Report on plague in the Punjab from October 1st ... to September 30th ..., being the ... season of plague in the province
Disease focus: Plague
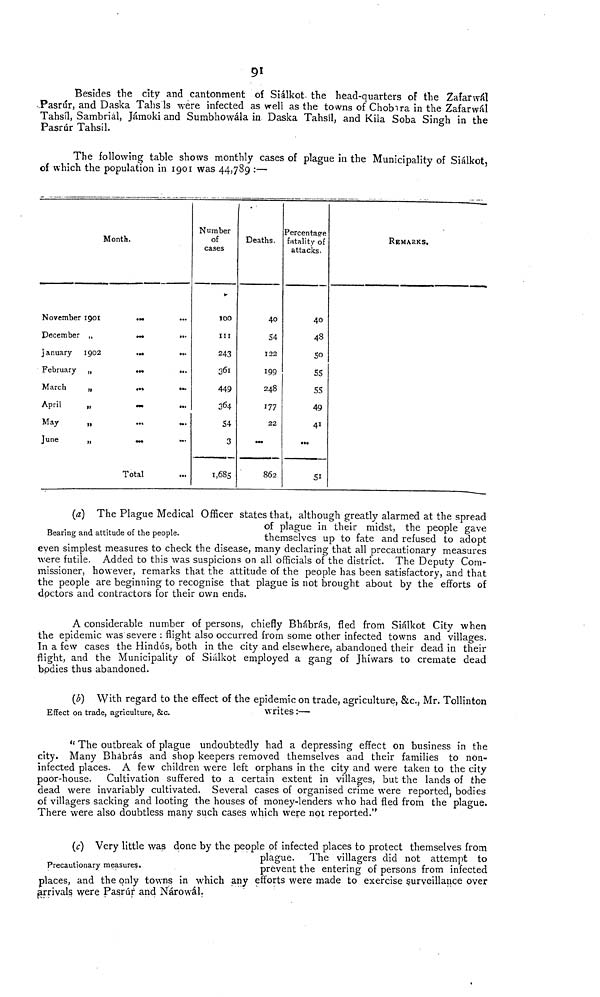
91
Besides the city and cantonment of Siálkot the head-quarters of the Zafarwál
Pasrúr, and Daska Tahs'ls were infected as well as the towns of Chobira in the Zafarwál
Tahsíl, Sambriál, Jámoki and Sumbhowála in Daska Tahsíl, and Kila Soba Singh in the
Pasrúr Tahsíl.
The following table shows monthly cases of plague in the Municipality of Siálkot,
of which the population in 1901 was 44,789 :—
Month.
November
December
January
February
March
April
May
June
1901
"
1902
"
"
"
"
...
...
• ft«
...
...
...
...
Total
...
...
...
...
...
...
...
Number
of
cases
100
111
243
361
449
364
54
3
1,685
Deaths.
40
54
122
199
248
177
22
...
862
Percentage
fatality of
attacks.
40
48
50
55
55
49
41
...
51
REMARKS.
Bearing and attitude of the people.
(a) The Plague Medical Officer states that, although greatly alarmed at the spread
of plague in their midst, the people gave
themselves up to fate and refused to adopt
even simplest measures to check the disease, many declaring that all precautionary measures
were futile. Added to this was suspicions on all officials of the district. The Deputy Com-
missioner, however, remarks that the attitude of the people has been satisfactory, and that
the people are beginning to recognise that plague is not brought about by the efforts of
doctors and contractors for their own ends.
A considerable number of persons, chiefly Bhábrás, fled from Siálkot City when
the epidemic was severe : flight also occurred from some other infected towns and villages.
In a few cases the Hindus, both in the city and elsewhere, abandoned their dead in their
flight, and the Municipality of Siálkot employed a gang of Jhiwars to cremate dead
bodies thus abandoned.
Effect on trade, agriculture, &c.
(b) With regard to the effect of the epidemic on trade, agriculture, &c, Mr. Tollinton
writes :—
" The outbreak of plague undoubtedly had a depressing effect on business in the
city. Many Bhabrás and shop keepers removed themselves and their families to non-
infected places. A few children were left orphans in the city and were taken to the city
poor-house. Cultivation suffered to a certain extent in villages, but the lands of the
dead were invariably cultivated. Several cases of organised crime were reported, bodies
of villagers sacking and looting the houses of money-lenders who had fled from the plague.
There were also doubtless many such cases which were not reported."
Precautionary measures,
(c) Very little was done by the people of infected places to protect themselves from
plague. The villagers did not attempt to
prevent the entering of persons from infected
places, and the only towns in which any efforts were made to exercise surveillance over
jarrivals were Pasrúr and Nárowál.